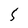
Character: 5